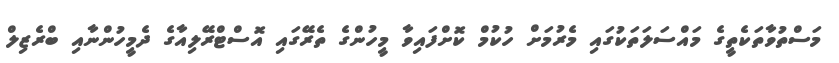
މަސްތުވާތަކެތީގެ މައްސަލަތަކުގައި މެރުމަށް ހުކުމް ކޮށްފައިވާ މީހުންގެ ތެރޭގައި އޮސްޓްރޭލިއާގެ ދެމީހުންނާއި ބްރެޒިލް